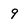
Character: 9